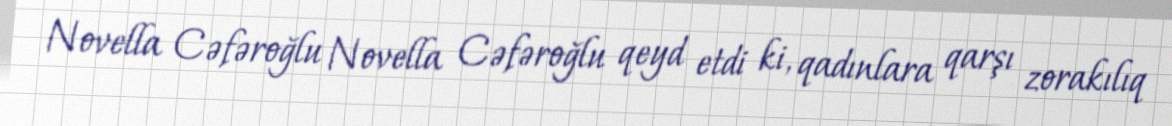
Novella Cəfəroğlu Novella Cəfəroğlu qeyd etdi ki, qadınlara qarşı zorakılıq